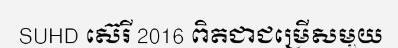
SUHD ស៊េរី 2016 ពិតជាជម្រើសមួយ